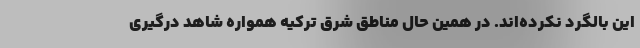
این بالگرد نکرده‌اند. در همین حال مناطق شرق ترکیه همواره شاهد درگیری